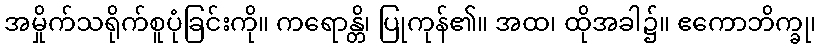
အမှိုက်သရိုက်စူပုံခြင်းကို။ ကရောန္တိ၊ ပြုကုန်၏။ အထ၊ ထိုအခါ၌။ ဧကောဘိက္ခု၊